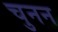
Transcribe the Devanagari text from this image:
चुनन